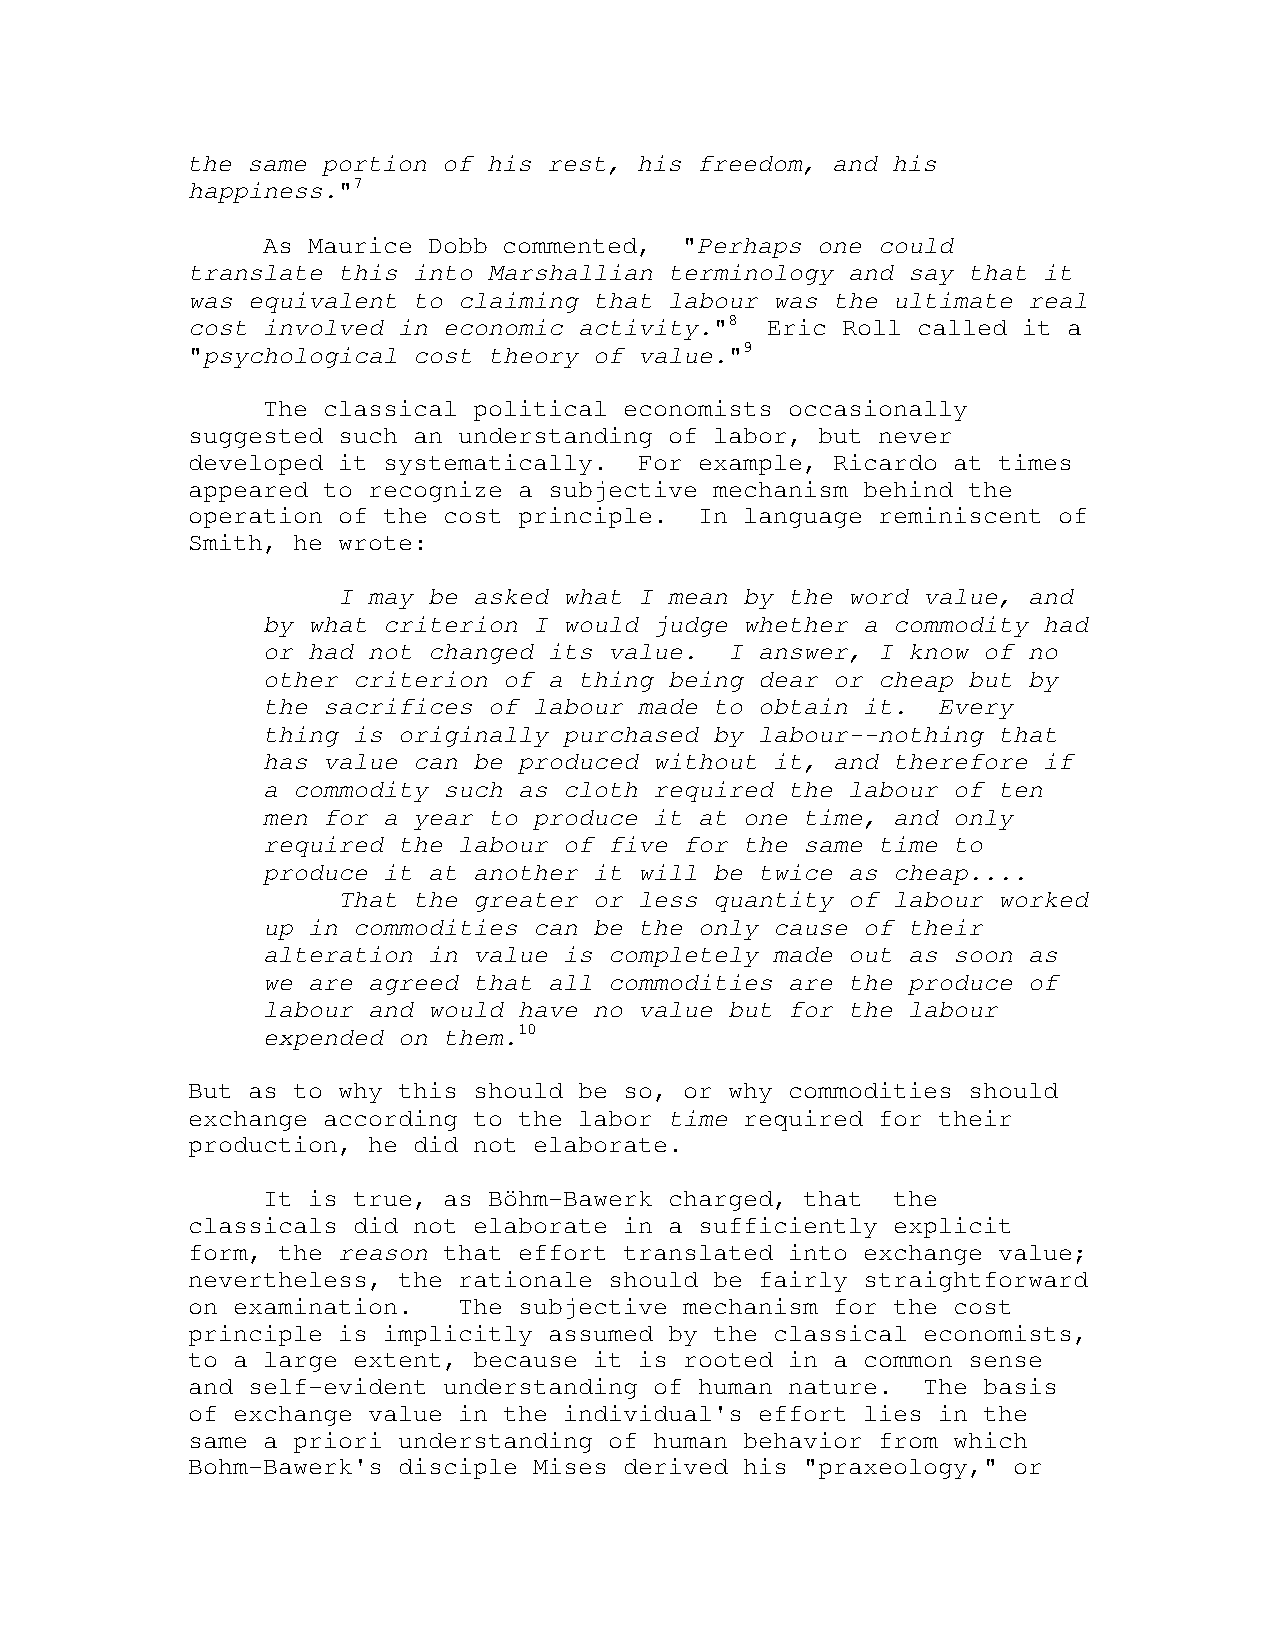
the same portion of his rest, his freedom, and his
 happiness."7
 As Maurice Dobb commented,  "Perhaps one could
 translate this into Marshallian terminology and say that it
 was equivalent to claiming that labour was the ultimate real
 cost involved in economic activity."8  Eric Roll called it a
 "psychological cost theory of value."9
 The classical political economists occasionally
 suggested such an understanding of labor, but never
 developed it systematically.  For example, Ricardo at times
 appeared to recognize a subjective mechanism behind the
 operation of the cost principle.  In language reminiscent of
 Smith, he wrote:
 I may be asked what I mean by the word value, and
 by what criterion I would judge whether a commodity had
 or had not changed its value.  I answer, I know of no
 other criterion of a thing being dear or cheap but by
 the sacrifices of labour made to obtain it.  Every
 thing is originally purchased by labour--nothing that
 has value can be produced without it, and therefore if
 a commodity such as cloth required the labour of ten
 men for a year to produce it at one time, and only
 required the labour of five for the same time to
 produce it at another it will be twice as cheap....
 That the greater or less quantity of labour worked
 up in commodities can be the only cause of their
 alteration in value is completely made out as soon as
 we are agreed that all commodities are the produce of
 labour and would have no value but for the labour
 expended on them.10
 But as to why this should be so, or why commodities should
 exchange according to the labor time required for their
 production, he did not elaborate.
 It is true, as Böhm-Bawerk charged, that  the
 classicals did not elaborate in a sufficiently explicit
 form, the reason that effort translated into exchange value;
 nevertheless, the rationale should be fairly straightforward
 on examination.   The subjective mechanism for the cost
 principle is implicitly assumed by the classical economists,
 to a large extent, because it is rooted in a common sense
 and self-evident understanding of human nature.  The basis
 of exchange value in the individual's effort lies in the
 same a priori understanding of human behavior from which
 Bohm-Bawerk's disciple Mises derived his "praxeology," or